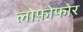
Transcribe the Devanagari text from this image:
लोफ़ोफोर